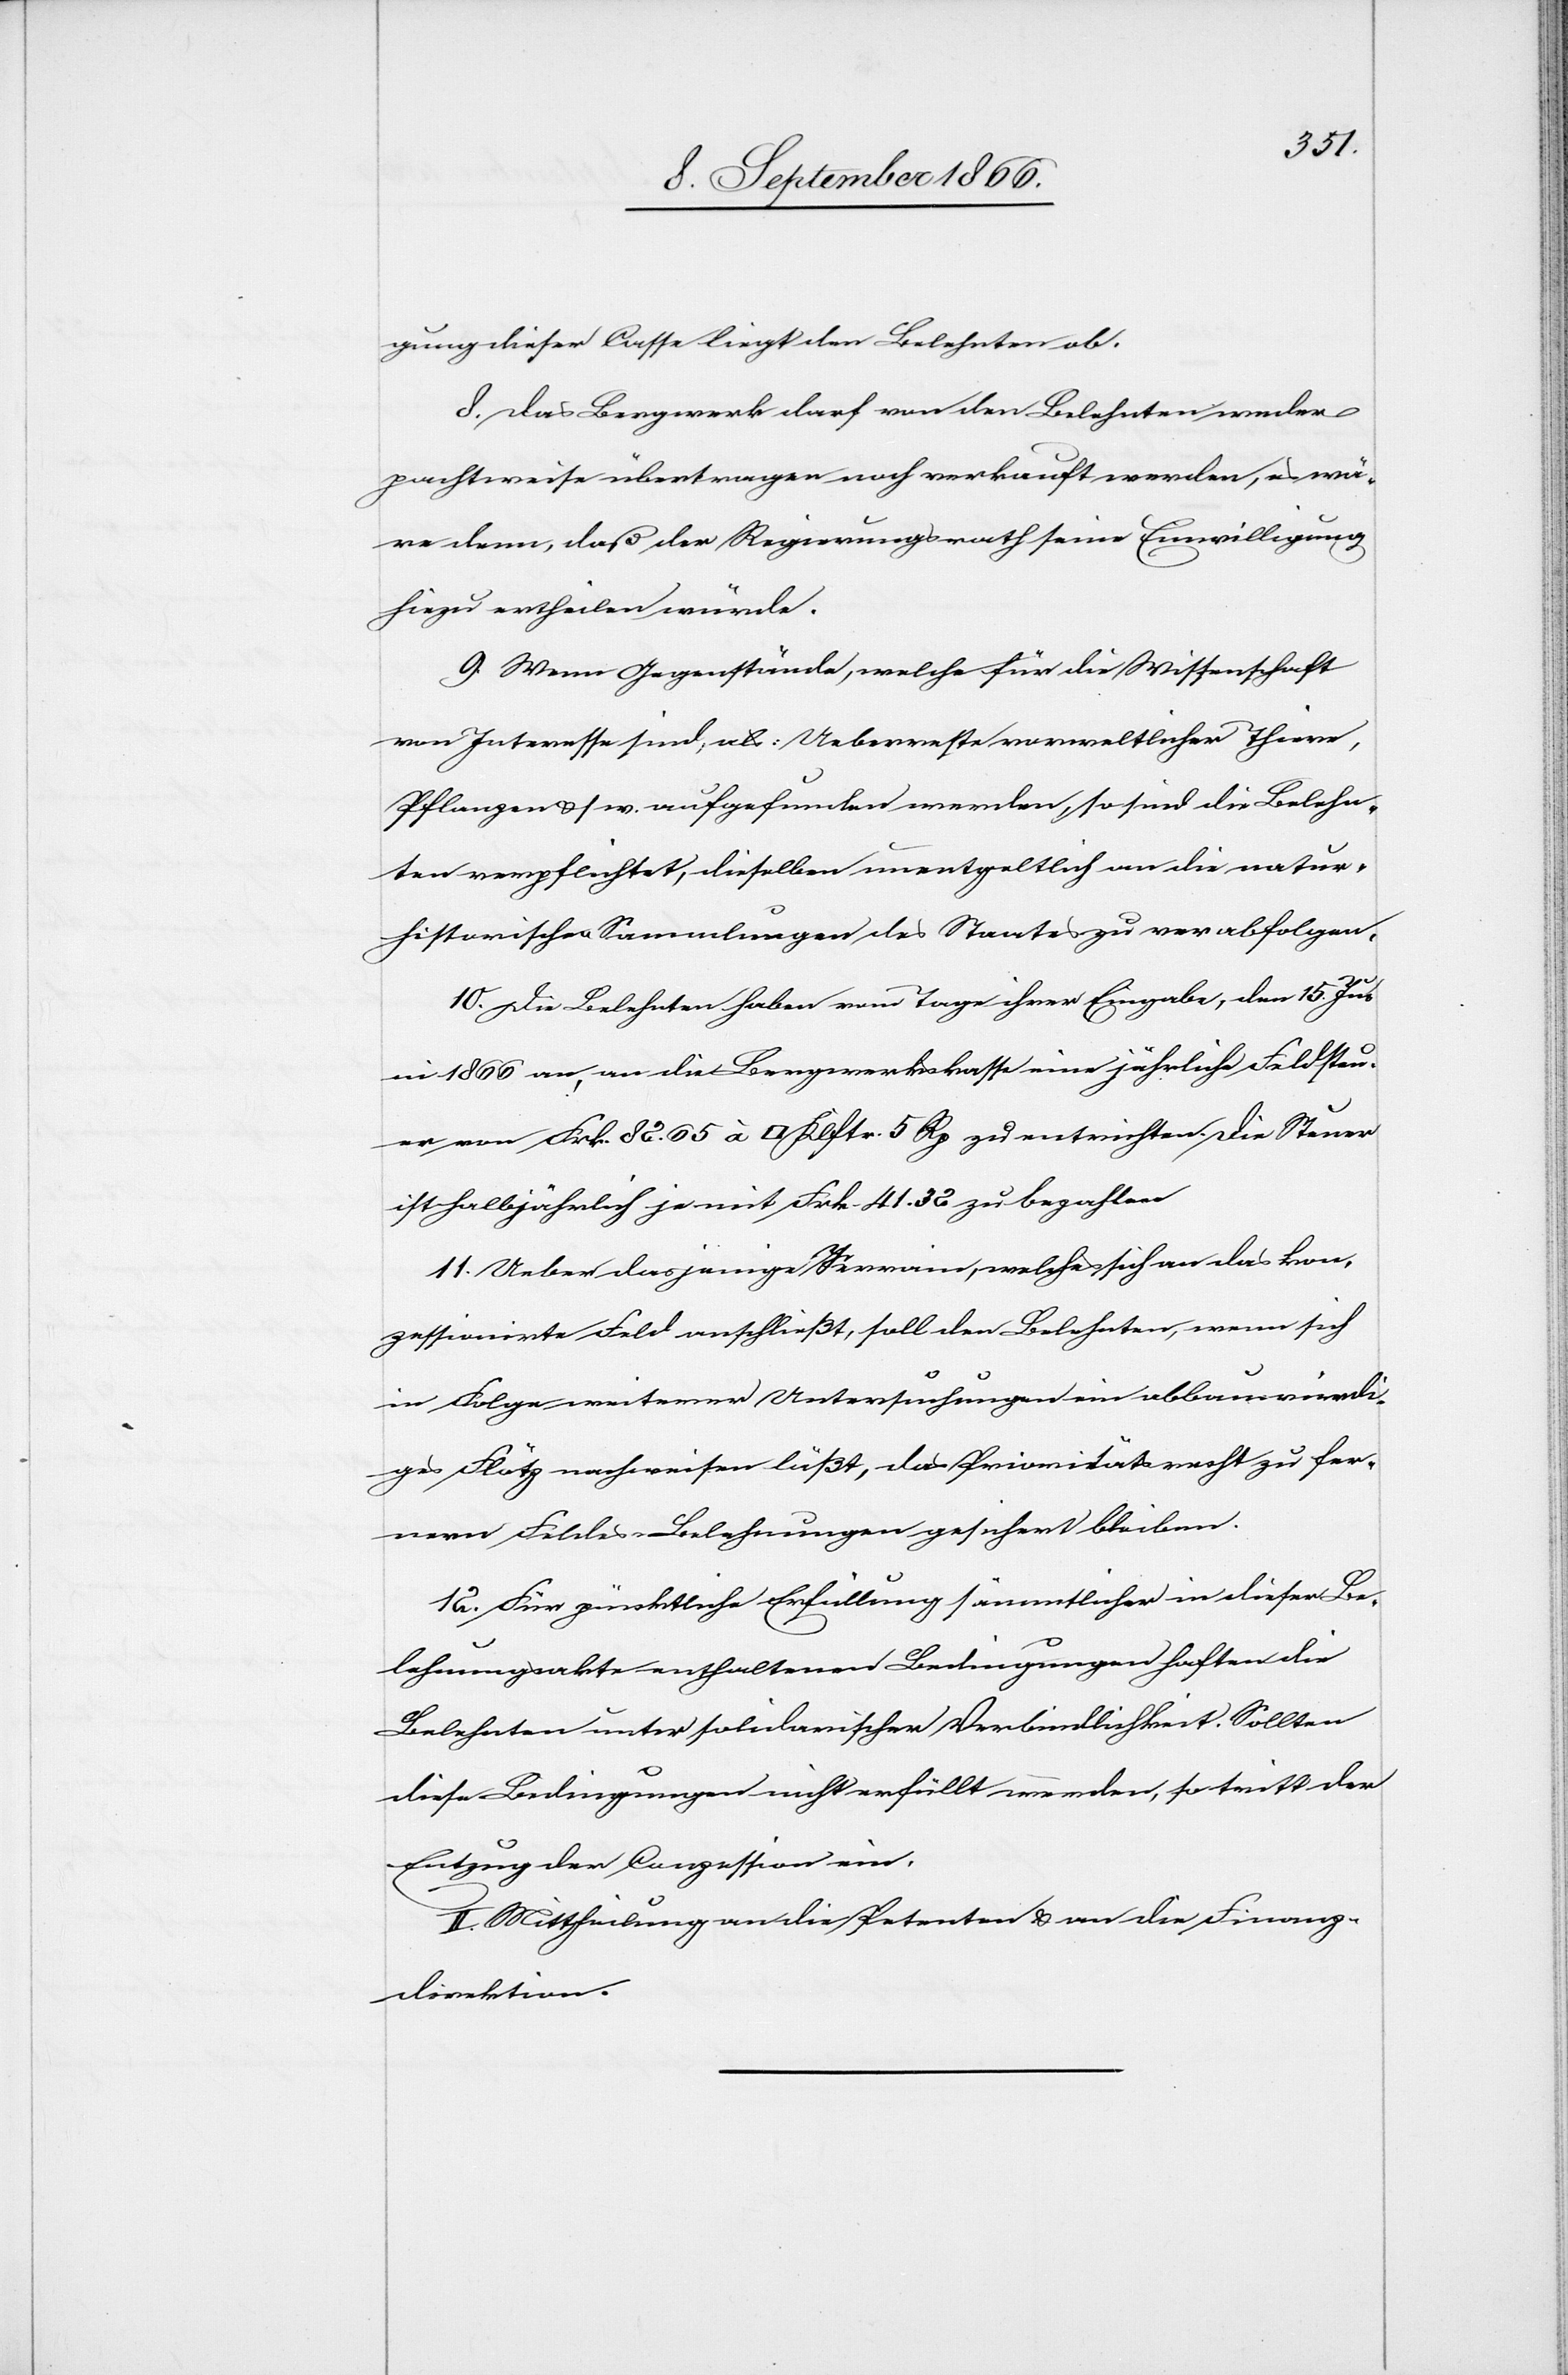
gung dieser Casse liegt den Belehnten ob.
8. Das Bergwerk darf von den Belehnten weder
pachtweise übertragen noch verkauft werden, es wä¬
re denn, daß der Regierungsrath seine Einwilligung
hiezu ertheilen würde.
9. Wenn Gegenstände, welche für die Wissenschaft
von Interesse sind, als: Ueberreste vorweltlicher Thiere,
Pflanzen u. s. w. aufgefunden werden, so sind die Belehn¬
ten verpflichtet, dieselben unentgeltlich an die natur¬
historischen Sammlungen des Staates zu verabfolgen.
10. Die Belehnten haben vom Tage ihrer Eingabe, dem 15. Jun¬
i 1866 an, an die Bergwerkskasse eine jährliche Feldsteu¬
er von Frk. 82.65 à [Quadratklafter] 5 Rp zu entrichten. Die Steuer
ist halbjährlich je mit Frk. 41.32 zu bezahlen.
11. Ueber dasjenige Terrain, welches sich an das kon¬
zessionierte Feld anschließt, soll den Belehnten, wenn sich
in Folge weiterer Untersuchungen ein abbauwürdi¬
ges Flötz nachweisen läßt, das Prioritätsrecht zu fer¬
nern Feldes-Belehnungen gesichert bleiben.
12. Für pünktliche Erfüllung sämmtlicher in dieser Be¬
lehnungsakte enthaltenen Bedingungen haften die
Belehnten unter solidarischer Verbindlichkeit. Sollten
diese Bedingungen nicht erfüllt werden, so tritt der
Entzug der Conzession ein.
II. Mittheilung an die Petenten u. an die Finanz¬
direktion.